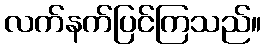
လက်နက်ပြင်ကြသည်။